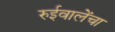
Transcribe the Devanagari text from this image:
रुईवालेंचा